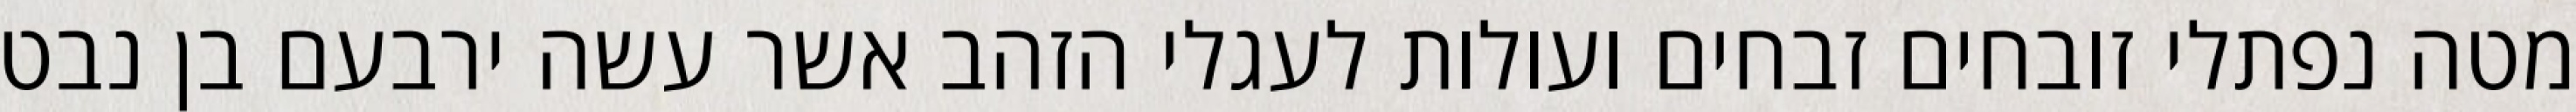
מטה נפתלי זובחים זבחים ועולות לעגלי הזהב אשר עשה ירבעם בן נבט